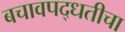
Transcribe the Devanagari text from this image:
बचावपद्धतीचा